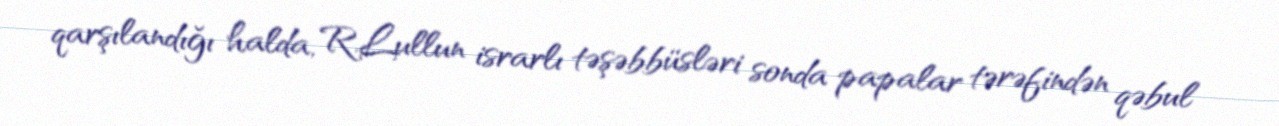
qarşılandığı halda, R.Lullun israrlı təşəbbüsləri sonda papalar tərəfindən qəbul